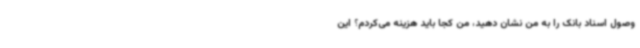
وصول اسناد بانک را به من نشان دهید، من کجا باید هزینه می‌کردم؟ این